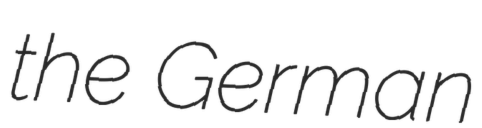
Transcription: the German